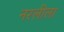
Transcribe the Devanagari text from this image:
नरलीला